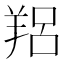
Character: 𦎑